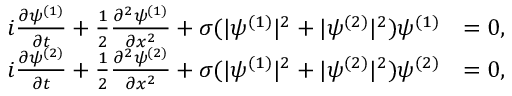
\begin{array} { r l } { i \frac { \partial \psi ^ { ( 1 ) } } { \partial t } + \frac { 1 } { 2 } \frac { \partial ^ { 2 } \psi ^ { ( 1 ) } } { \partial x ^ { 2 } } + \sigma ( | \psi ^ { ( 1 ) } | ^ { 2 } + | \psi ^ { ( 2 ) } | ^ { 2 } ) \psi ^ { ( 1 ) } } & { = 0 , } \\ { i \frac { \partial \psi ^ { ( 2 ) } } { \partial t } + \frac { 1 } { 2 } \frac { \partial ^ { 2 } \psi ^ { ( 2 ) } } { \partial x ^ { 2 } } + \sigma ( | \psi ^ { ( 1 ) } | ^ { 2 } + | \psi ^ { ( 2 ) } | ^ { 2 } ) \psi ^ { ( 2 ) } } & { = 0 , } \end{array}